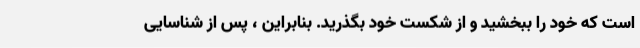
است که خود را ببخشید و از شکست خود بگذرید. بنابراین ، پس از شناسایی